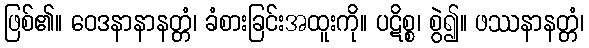
ဖြစ်၏။ ဝေဒနာနာနတ္တံ၊ ခံစားခြင်းအထူးကို။ ပဋိစ္စ၊ စွဲ၍။ ဖဿနာနတ္တံ၊